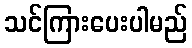
သင်ကြားပေးပါမည်